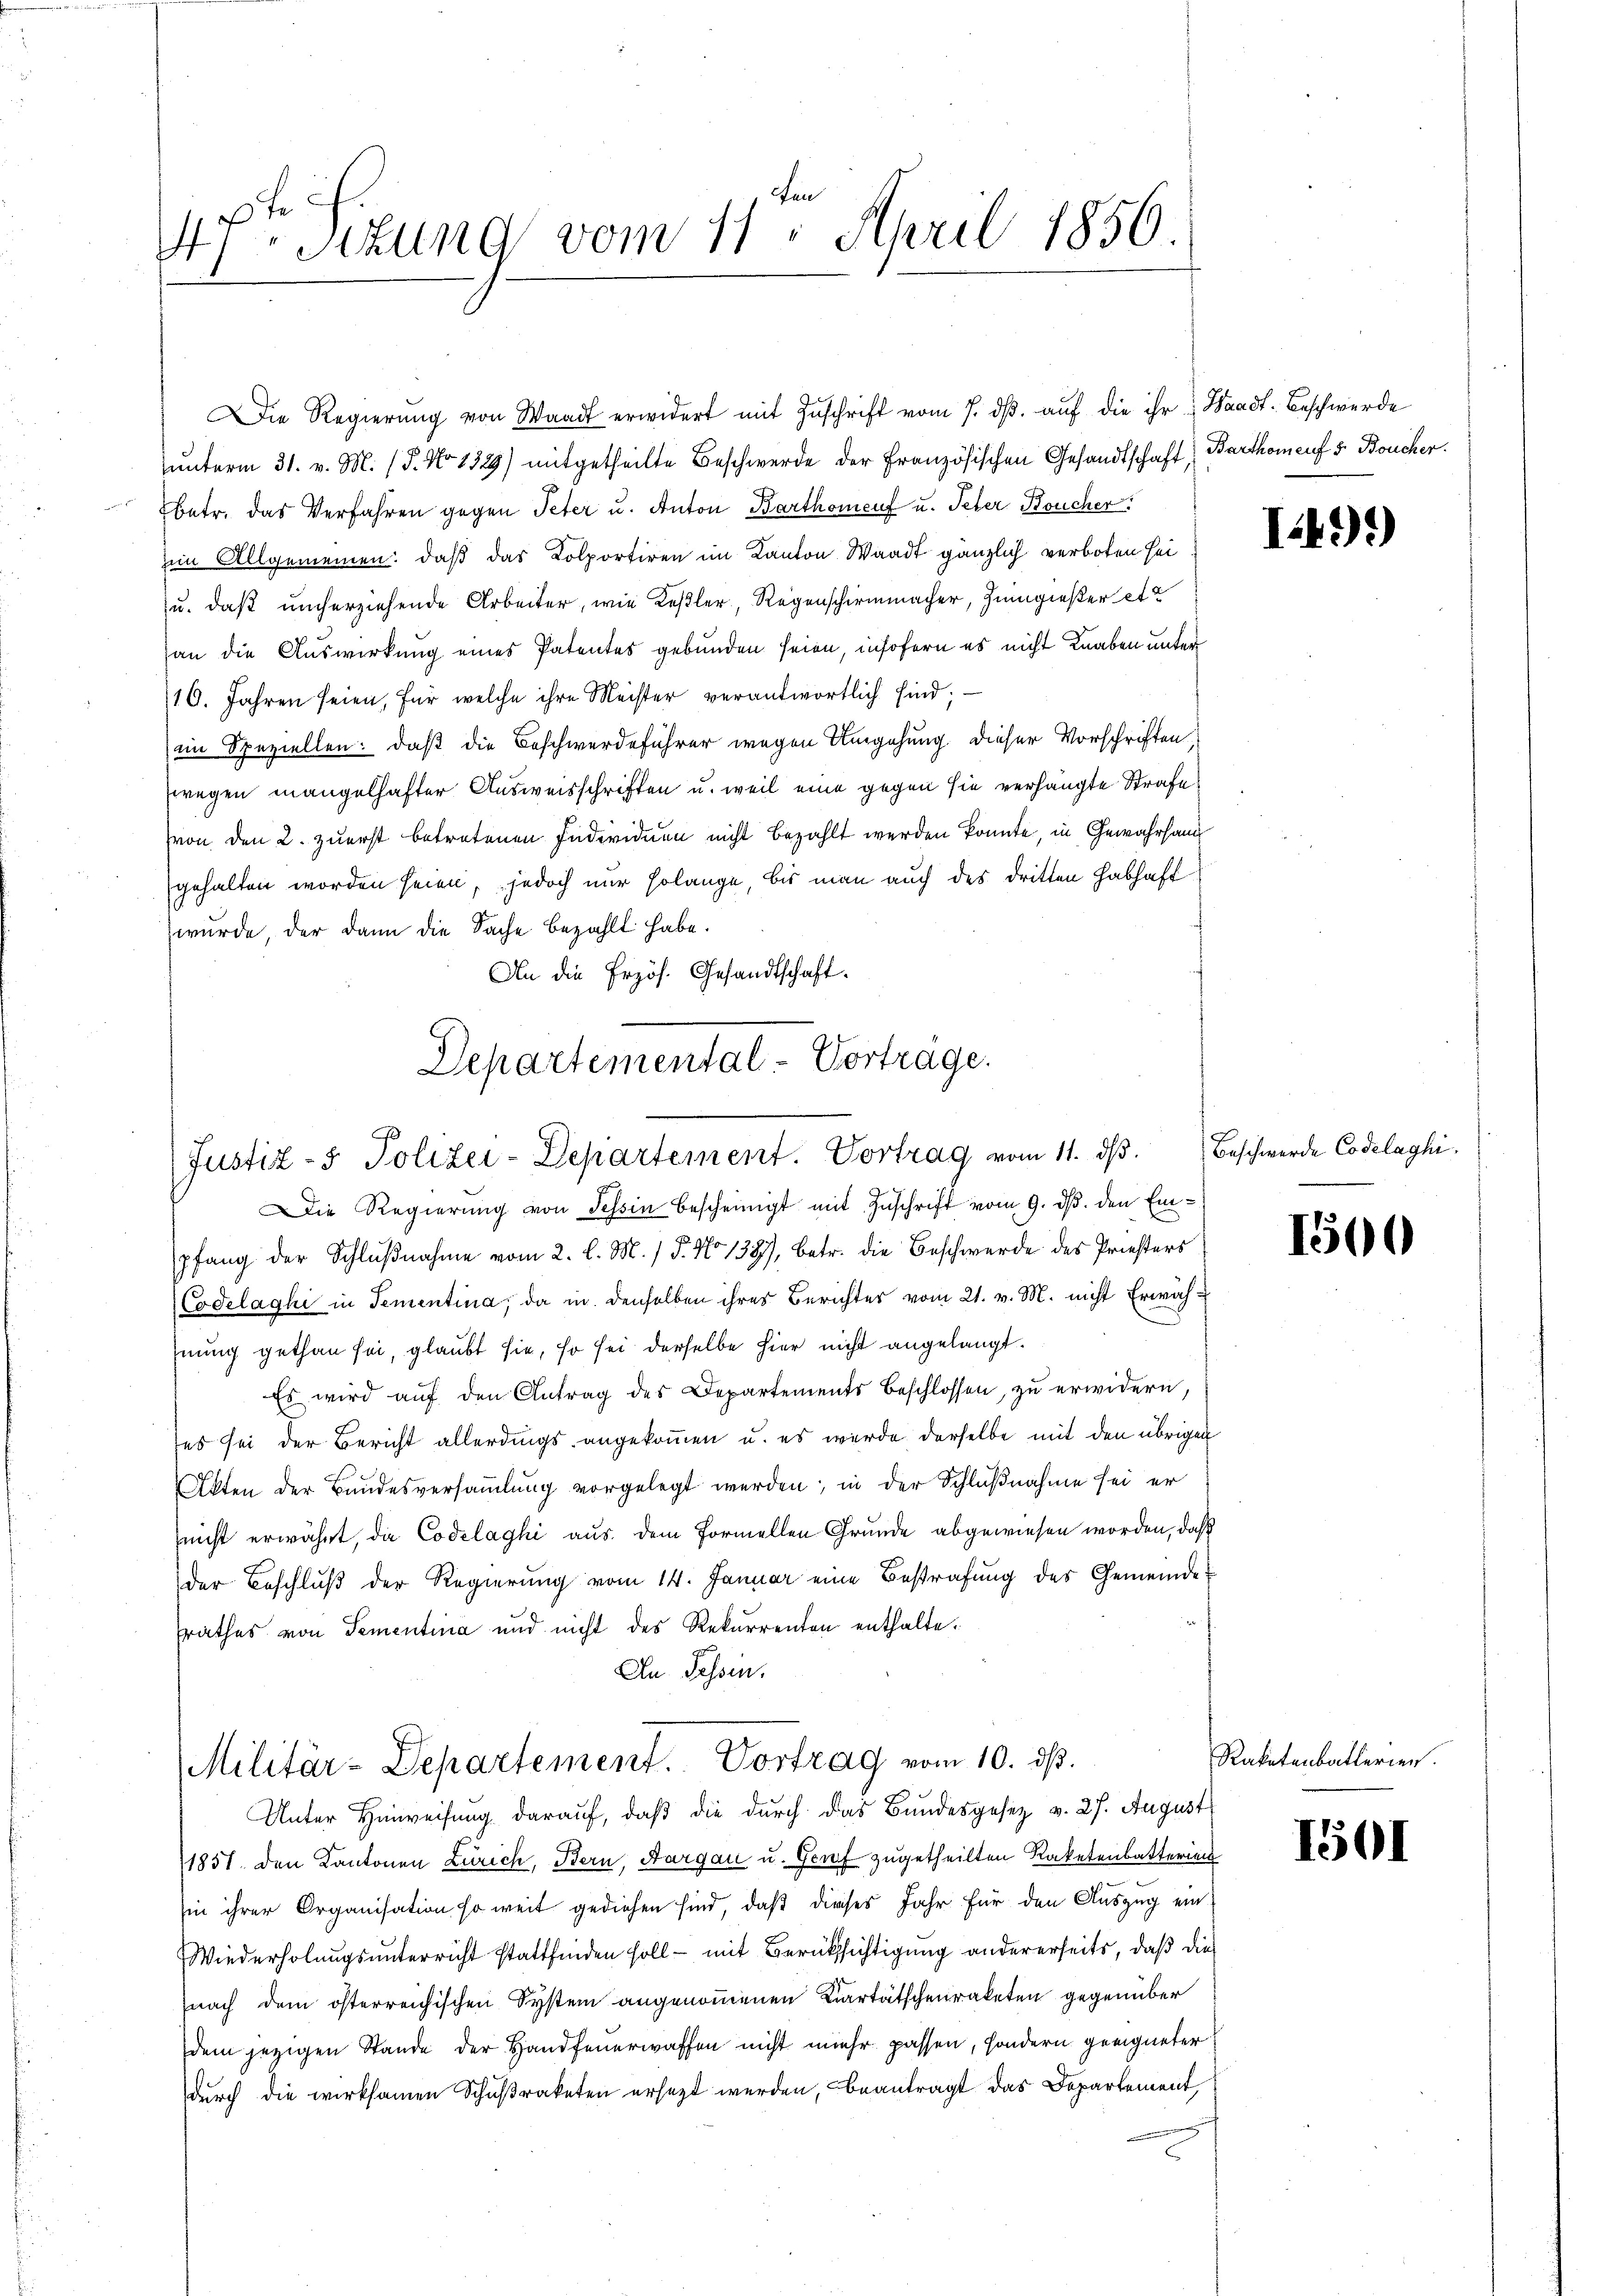
47. Setung vom 11. April 1856

unterm 31. v. M. (T. No 1329) mitgetheilte Beschwerde der Französischen Gesandtschaft Barthoment 5. Boucher.
betr. das Verfahren gegen Peter u. Anton Barthoment u. Peter Boucher:
zum Allgemeinen: daß das Kolportiren im Kanton Waadt gänzlich verboten sei
u. daß unerziehende Arbeiter, wie Keßler, Regenschirmmacher, Zumgießer et
an die Auswirkung eines Patentes gebunden seien, insofern es nicht Knaben unter
116. Jahren seien, für welche ihre Meister verantwortlich sind;
eim Speziellen: daß die Beschwerdeführer wegen Umgehung. Dieser Vorschriften,
wegen mangelhafter Ausweisschriften u. weil eine gegen sie verhängte Strafe
von den 2. zuerst betretenen Individuen nicht bezahlt werden konnte, in Gewahrhand
gehalten worden seien, jedoch nur solange, bis man auch des dritten Habhaft
wurde, der dann die Sache bezahlt habe.
An die Erzös. Gesandtschaft.

Die Regierŭng von Waadt erwidert mit Zŭschrift vom 7. dβ aŭf die ihr Waadt. Beschwerde

Departemental-Vorträge.
Justiz- & Polizei-Departement. Vortrag vom 11. ds.

Die Regierŭng von Tessin bescheinigt mit Zuschrift vom 9. ds. den Einpfang der Schlußnahme vom 2. l. M. / 5. No 1387, betr. die Beschwerde des Priesters
Codelaghi in Tementina, da in denselben ihres Berichter vom 21. v. M. nicht Erwähhnung gethan sei, glaubt sie, so sei derselbe hier nicht angelangt.
Es wird auf den Antrag des Departements beschlossen, zu erwidern,
es sei der Bericht allerdings angekommen u. es wurde derselbe mit den übrigen
Akten der Bundesversammlung vorgelegt werden; in der Schlußnahme sei er
(nicht erwähnt, die Codelaghi aus dem formellen Grunde abgewiesen worden, daß
der Beschluß der Regierung vom 14. Januar eine Bestrafung des Gemeinde
srathes von Sementina und nicht des Rekurrenten enthalte¬
An Tessin.
Militär-Departement. Vortrag vom 10. dß.
Unter Hinweisung darauf, daß die durch das Bundesgesetz v. 27. August
1851 den Kantonen Zürich, Bern, Aargau u. Genf zugetheilten Kaketenbatterien
sin ihrer Organisation so weit gediehen sind, daß dieses Jahr für den Auszug ein
Wiederholungsunterricht stattfinden soll - mit Berüksichtigung andererseits, daß die
nach dem österreichischen System angenommenen Cartätschenraketen gegenüber
dem jezigen Stande der Handfeuerwaffen nicht mehr passen, sondern geeigneter
durch die wirksamen Schußraketen ersezt werden, beantragt das Departement,
f

I.49)

Beschwerde Codelaghi.

1500

Raketenbatlerien.

1501